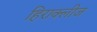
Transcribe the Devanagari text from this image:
हिराक्लीज